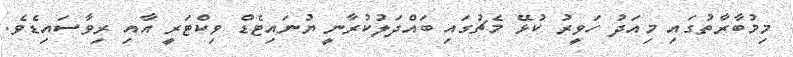
މިމުބާރާތުގައި މިއަދު ހަވީރު ކުޅޭ މެޗުގައި ބައްދަލުކުރާނީ ޔުނައިޓެޑް ވިކްޓަރީ އާއި ރިވާސައިޑެވެ.